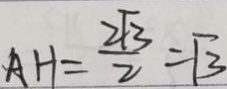
A H = \frac { 2 \sqrt { 3 } } { 2 } = \sqrt { 3 }